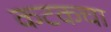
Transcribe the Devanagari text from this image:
कटकचा